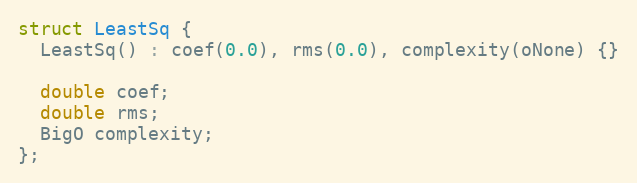
Language: C
struct LeastSq {
  LeastSq() : coef(0.0), rms(0.0), complexity(oNone) {}

  double coef;
  double rms;
  BigO complexity;
};